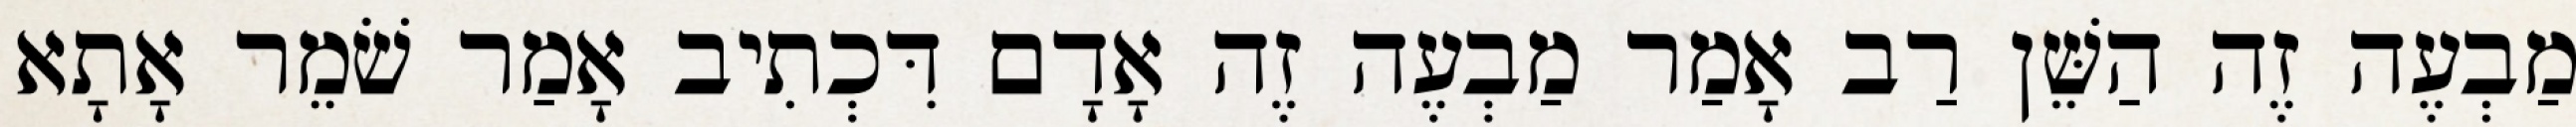
מַבְעֶה זֶה הַשֵּׁן רַב אָמַר מַבְעֶה זֶה אָדָם דִּכְתִיב אָמַר שֹׁמֵר אָתָא